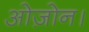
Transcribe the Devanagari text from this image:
ओज़ोन।